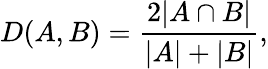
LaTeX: D(A,B)=\frac{2|A\cap B|}{|A|+|B|},